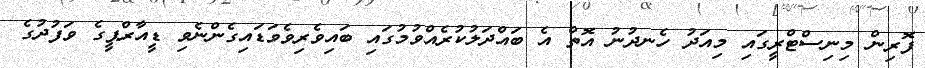
ފޮރިން މިނިސްޓްރީގައި މިއަދު ހެނދުނު އޮތް އެ ބައްދަލުކުރެއްވުމުގައި ބައިވެރިވެވަޑައިގެންނެވި ޑީއާރްޕީގެ ވަފުދުގެ